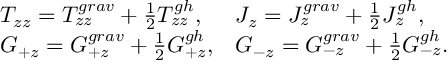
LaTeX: \begin{array} { l l } { { { \cal T } _ { z z } = T _ { z z } ^ { g r a v } + { \frac { 1 } { 2 } } T _ { z z } ^ { g h } , } } & { { { \cal J } _ { z } = J _ { z } ^ { g r a v } + { \frac { 1 } { 2 } } J _ { z } ^ { g h } , } } \\ { { { \cal G } _ { + z } = { G } _ { + z } ^ { g r a v } + { \frac { 1 } { 2 } } { G } _ { + z } ^ { g h } , } } & { { { \cal G } _ { - z } = G _ { - z } ^ { g r a v } + { \frac { 1 } { 2 } } G _ { - z } ^ { g h } . } } \end{array}